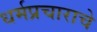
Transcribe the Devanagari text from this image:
धर्मप्रचाराचे